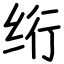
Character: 绗